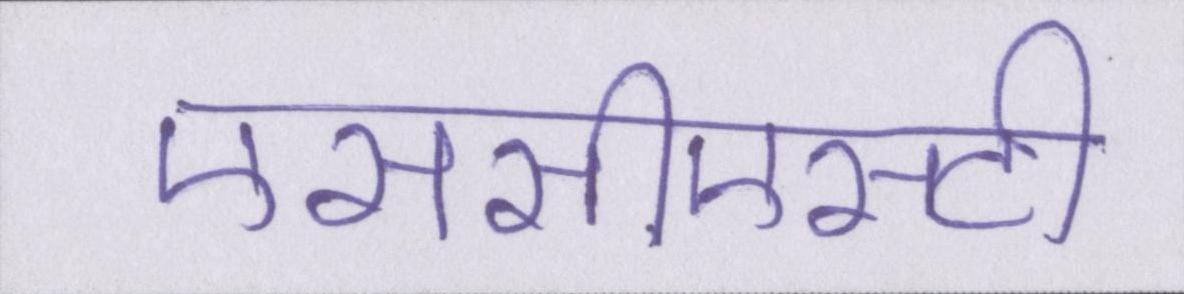
एससीएसटी